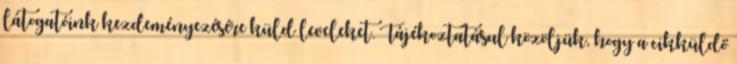
látogatóink kezdeményezésére küld leveleket. Tájékoztatásul közöljük, hogy a cikküldő